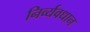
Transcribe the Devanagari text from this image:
निर्व्यवधान